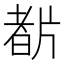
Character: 𤗡